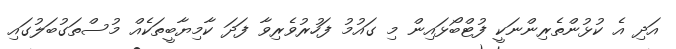
އަދި އެ ކުޅުންތެރިންނަކީ ފުޓްބޯޅައިން މި ގައުމު ފަހުރުވެރިވާ ފަދަ ކާމިޔާބީތަކެއް މުސްތަގުބަލުގައި